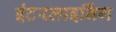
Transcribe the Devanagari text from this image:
इंटरलाइनिंग